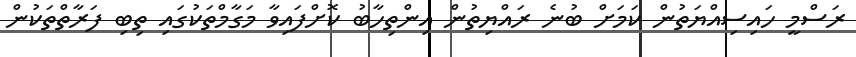
ރަސްމީ ހައިސިއްޔަތުން ކަމަށް ބުނެ ރައްޔިތުން އިންތިހާބު ކޮށްފައިވާ މަގާމްތަކުގައި ތިބި ފަރާތްތަކުން